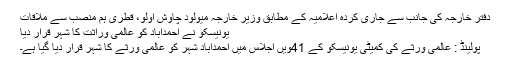
دفترِ خارجہ کی جانب سے جاری کردہ اعلامیہ کے مطابق وزیر خارجہ میولود چاوش اولو، قطری ہم منصب سے ملاقات
یونیسکو نے احمدآباد کو عالمی وراثت کا شہر قرار دیا
پولینڈ : عالمی ورثے کی کمیٹی یونیسکو کے 41ویں اجلاس میں احمدآباد شہر کو عالمی ورثے کا شہر قرار دیا گیا ہے۔